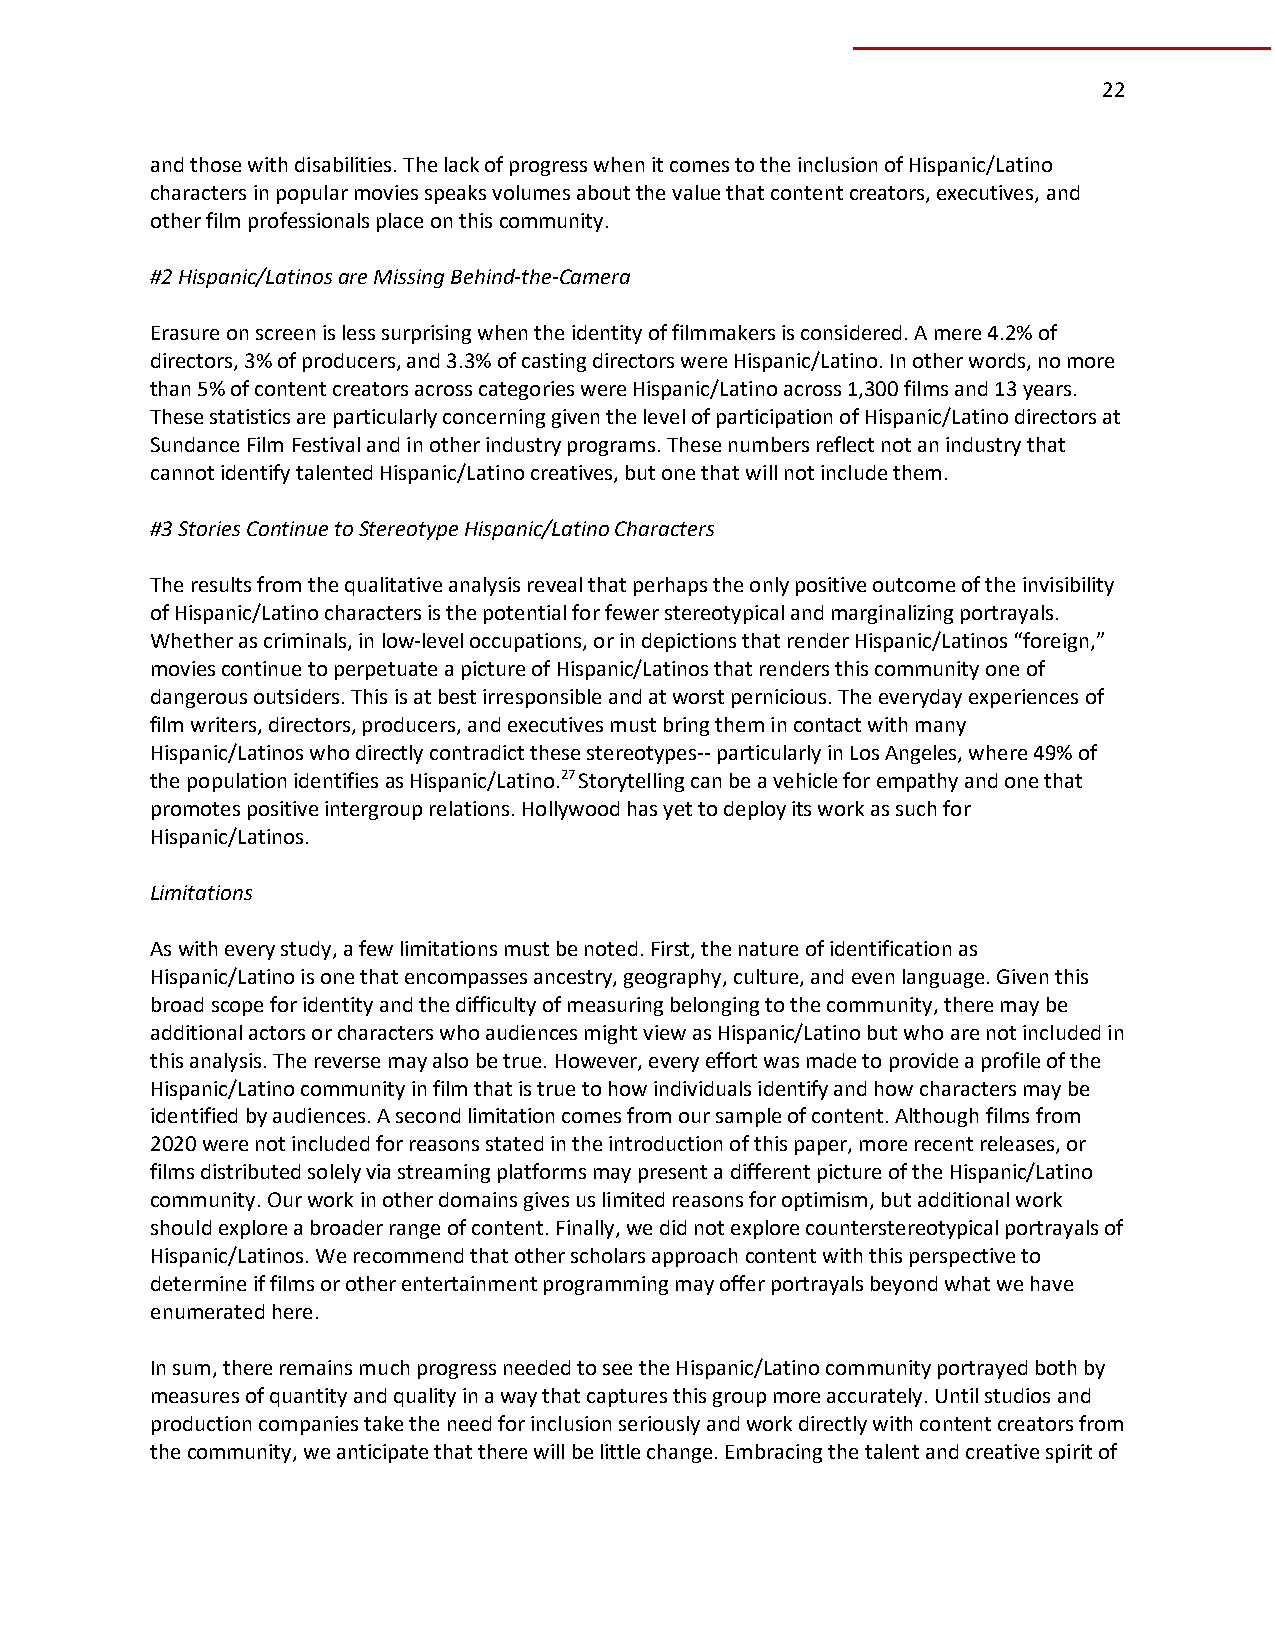
22
 and those with disabilities. The lack of progress when it comes to the inclusion of Hispanic/Latino
 characters in popular movies speaks volumes about the value that content creators, executives, and
 other film professionals place on this community.
 #2 Hispanic/Latinos are Missing Behind-the-Camera
 Erasure on screen is less surprising when the identity of filmmakers is considered. A mere 4.2% of
 directors, 3% of producers, and 3.3% of casting directors were Hispanic/Latino. In other words, no more
 than 5% of content creators across categories were Hispanic/Latino across 1,300 films and 13 years.
 These statistics are particularly concerning given the level of participation of Hispanic/Latino directors at
 Sundance Film Festival and in other industry programs. These numbers reflect not an industry that
 cannot identify talented Hispanic/Latino creatives, but one that will not include them.
 #3 Stories Continue to Stereotype Hispanic/Latino Characters
 The results from the qualitative analysis reveal that perhaps the only positive outcome of the invisibility
 of Hispanic/Latino characters is the potential for fewer stereotypical and marginalizing portrayals.
 Whether as criminals, in low-level occupations, or in depictions that render Hispanic/Latinos “foreign,”
 movies continue to perpetuate a picture of Hispanic/Latinos that renders this community one of
 dangerous outsiders. This is at best irresponsible and at worst pernicious. The everyday experiences of
 film writers, directors, producers, and executives must bring them in contact with many
 Hispanic/Latinos who directly contradict these stereotypes-- particularly in Los Angeles, where 49% of
 the population identifies as Hispanic/Latino.27 Storytelling can be a vehicle for empathy and one that
 promotes positive intergroup relations. Hollywood has yet to deploy its work as such for
 Hispanic/Latinos.
 Limitations
 As with every study, a few limitations must be noted. First, the nature of identification as
 Hispanic/Latino is one that encompasses ancestry, geography, culture, and even language. Given this
 broad scope for identity and the difficulty of measuring belonging to the community, there may be
 additional actors or characters who audiences might view as Hispanic/Latino but who are not included in
 this analysis. The reverse may also be true. However, every effort was made to provide a profile of the
 Hispanic/Latino community in film that is true to how individuals identify and how characters may be
 identified by audiences. A second limitation comes from our sample of content. Although films from
 2020 were not included for reasons stated in the introduction of this paper, more recent releases, or
 films distributed solely via streaming platforms may present a different picture of the Hispanic/Latino
 community. Our work in other domains gives us limited reasons for optimism, but additional work
 should explore a broader range of content. Finally, we did not explore counterstereotypical portrayals of
 Hispanic/Latinos. We recommend that other scholars approach content with this perspective to
 determine if films or other entertainment programming may offer portrayals beyond what we have
 enumerated here.
 In sum, there remains much progress needed to see the Hispanic/Latino community portrayed both by
 measures of quantity and quality in a way that captures this group more accurately. Until studios and
 production companies take the need for inclusion seriously and work directly with content creators from
 the community, we anticipate that there will be little change. Embracing the talent and creative spirit of